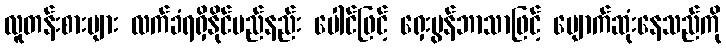
လူတန်းစားများ လက်ခံရရှိနိုင်မည်နည်း ပေါင်ဖြင့် ရှေးမွန်ဘာသာဖြင့် ပျောက်ဆုံးနေသည်ကို